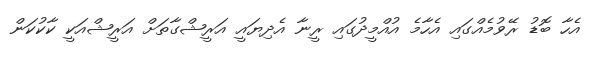
އެހާ ބޮޑު ރޭވުމެއްގައި އެހާމެ އުއްމީދުގައި ރީނާ އެދިޔައީ އަރީޝްގާތަށް އަރީޝްއަކީ ކާކުކަން